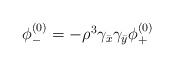
\begin{align*}\begin{array}{c}\phi_-^{(0)}=-\rho^3\gamma_{\bar{x}}\gamma_{\bar{y}}\phi_+^{(0)}\end{array}\end{align*}